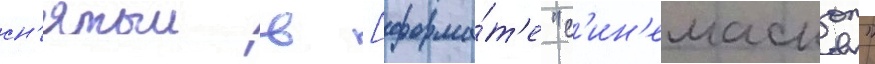
сн'ятыи в [форма́т'е "с'ин'емаскоп"